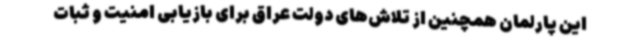
این پارلمان همچنین از تلاش‌های دولت عراق برای بازیابی امنیت و ثبات